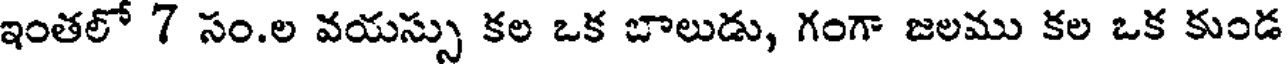
ఇంతలో 7 సం.ల వయస్సు కల ఒక బాలుడు, గంగా జలము కల ఒక కుండ